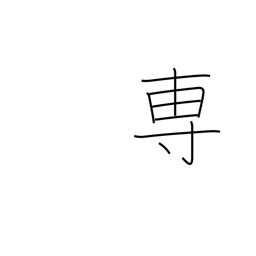
Meaning: mainly